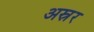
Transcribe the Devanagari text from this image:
अस्रूर